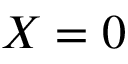
X = 0